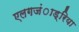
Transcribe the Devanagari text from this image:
एलगजंाड्रिया